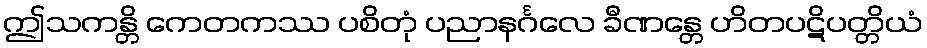
ဤသကန္တိ ကေတကဿ ပစိတုံ ပညာနင်္ဂလေ ခီဏန္တေ ဟိတပဋိပတ္တိယံ